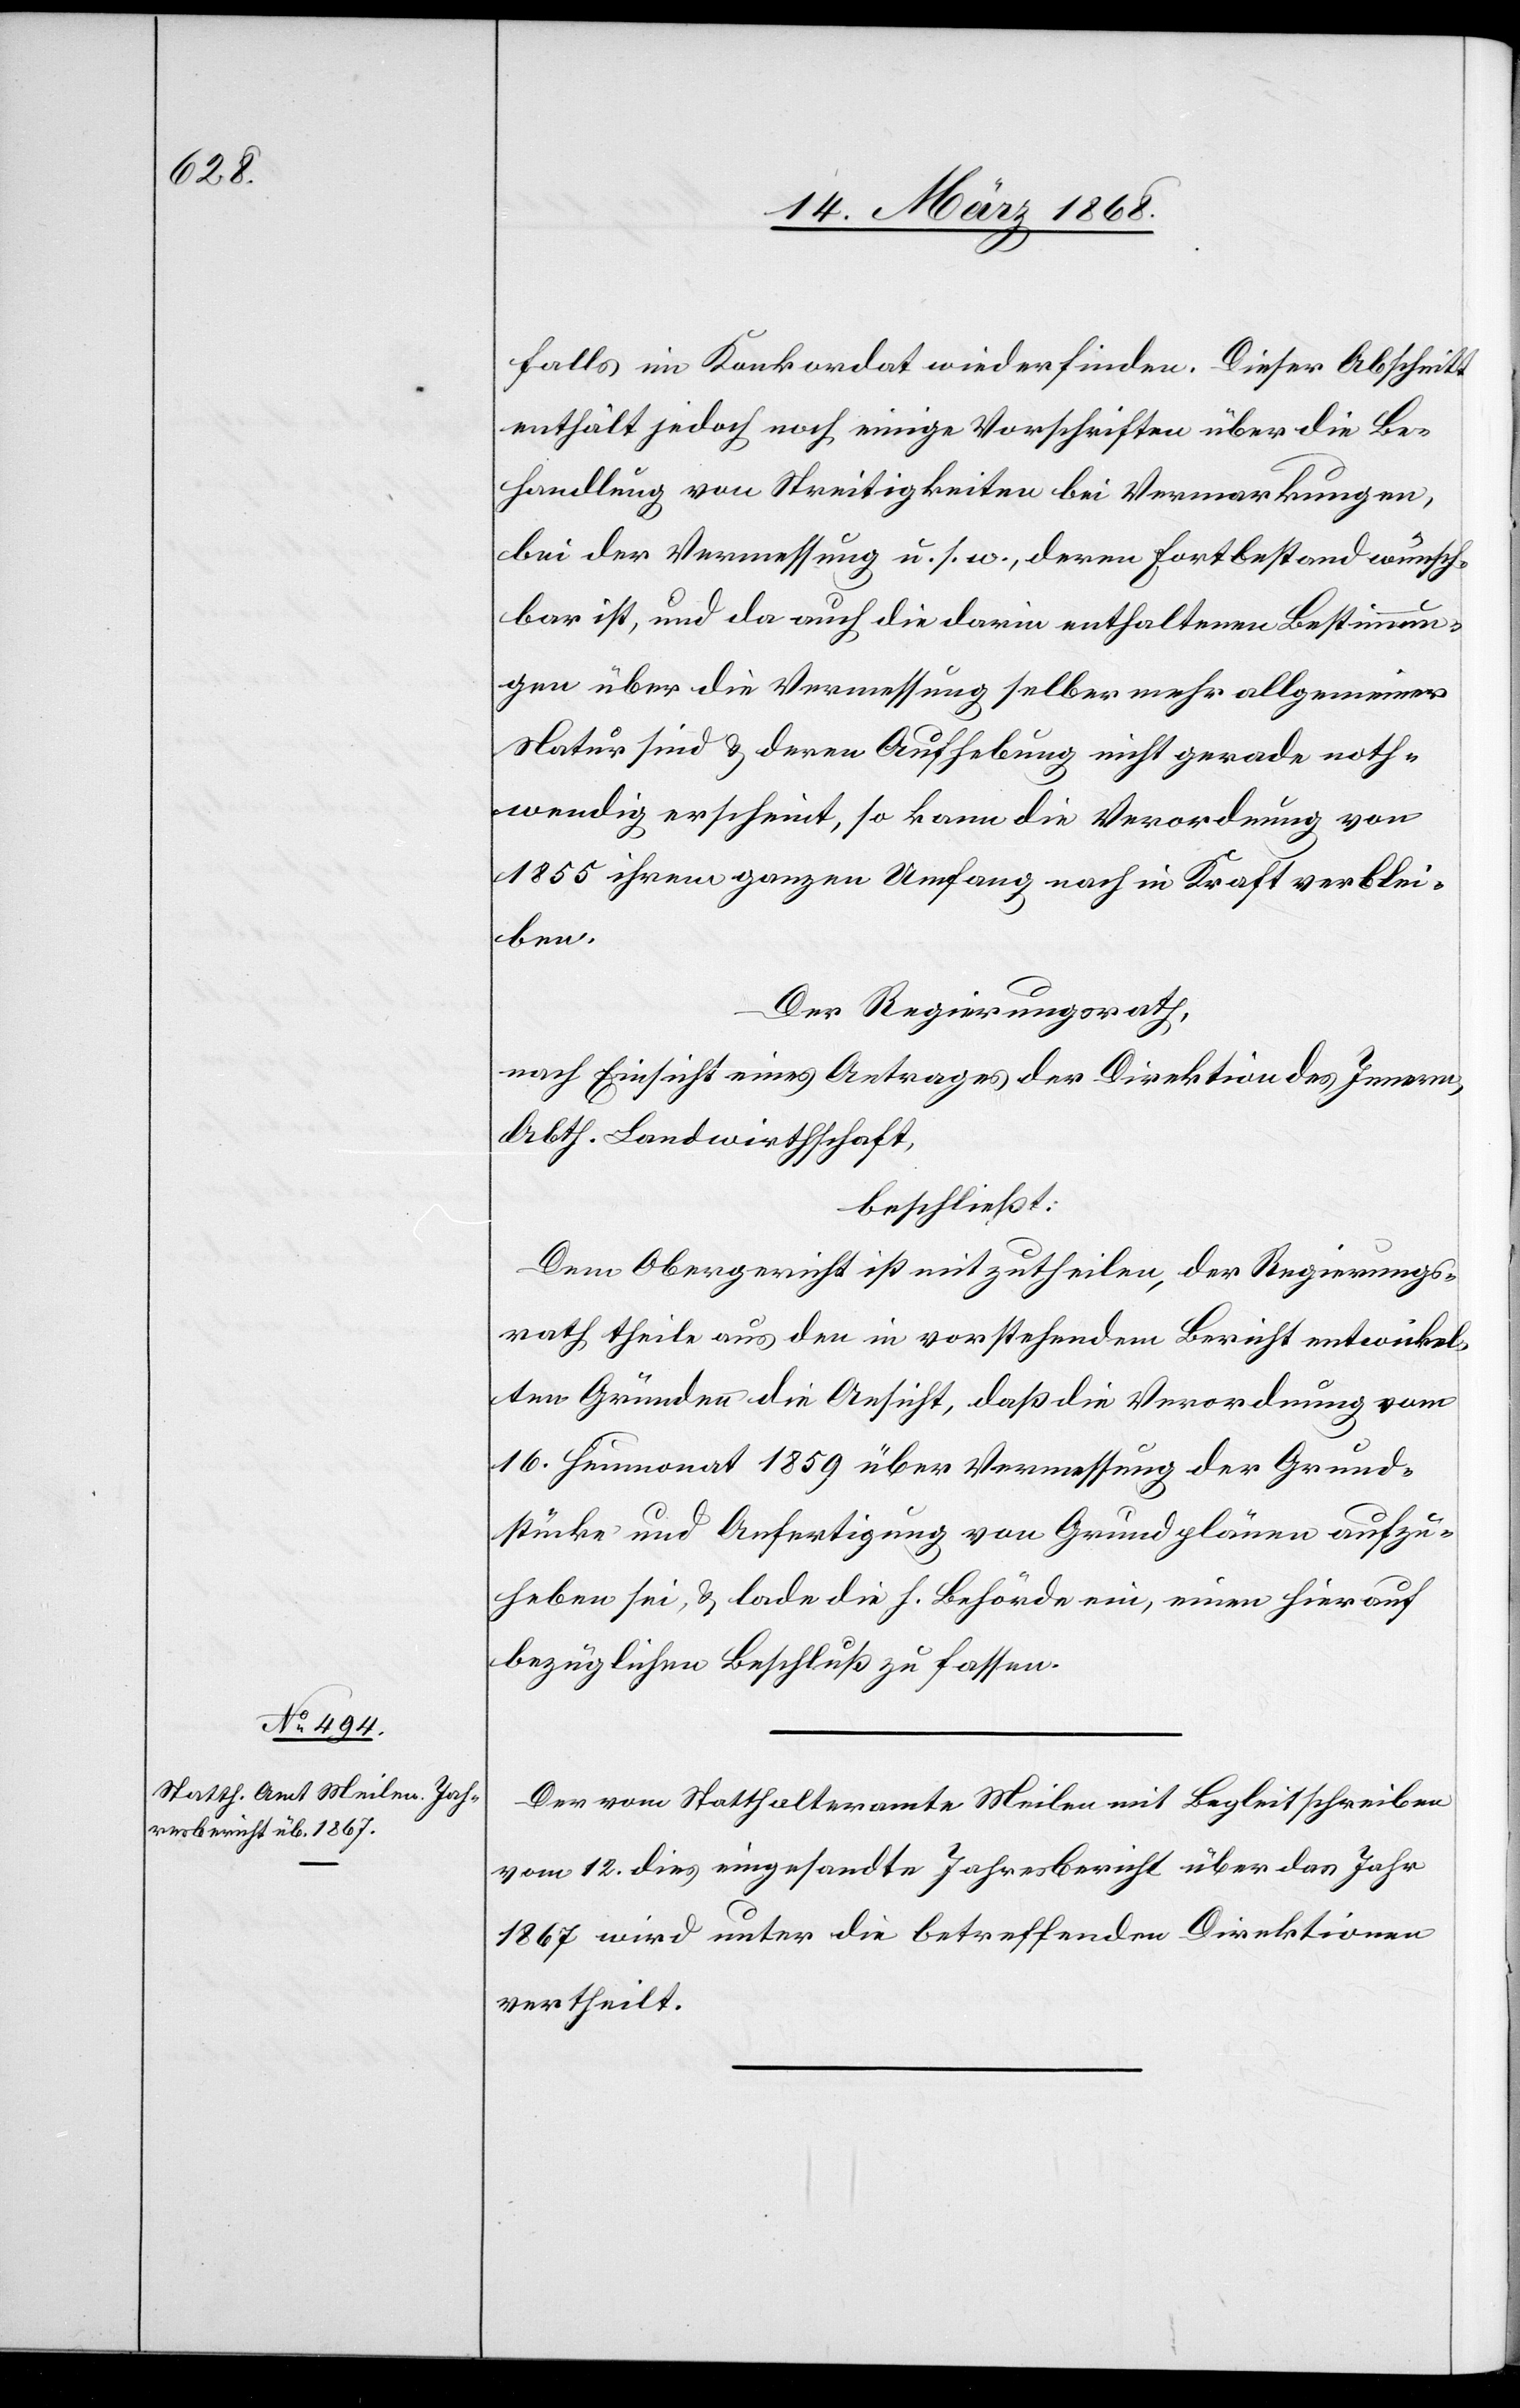
falls im Konkordat wiederfinden. Dieser Abschnitt
enthält jedoch noch einige Vorschriften über die Be¬
handlung von Streitigkeiten bei Vermarkungen,
bei der Vermessung u. s. w., deren Fortbestand wünsch¬
bar ist, und da auch die darin enthaltenen Bestimmun¬
gen über die Vermessung selber mehr allgemeiner
Natur sind & deren Aufhebung nicht gerade noth¬
wendig erscheint, so kann die Verordnung von
1855 ihrem ganzen Umfang nach in Kraft verblei¬
ben.
Der Regierungsrath,
nach Einsicht eines Antrages der Direktion des Innern,
Abth. Landwirthschaft,
beschließt:
Dem Obergericht ist mitzutheilen, der Regierungs¬
rath theile aus den in vorstehendem Bericht entwickel¬
ten Gründen die Ansicht, daß die Verordnung vom
16. Heumonat 1859 über Vermessung der Grund¬
stücke und Anfertigung von Grundplänen aufzu¬
heben sei, & lade die h. Behörde ein, einen hierauf
bezüglichen Beschluß zu fassen.
Der vom Statthalteramte Meilen mit Begleitschreiben
vom 12. dies eingesandte Jahresbericht über das Jahr
1867 wird unter die betreffenden Direktionen
vertheilt.